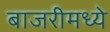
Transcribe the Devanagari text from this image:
बाजरीमध्ये